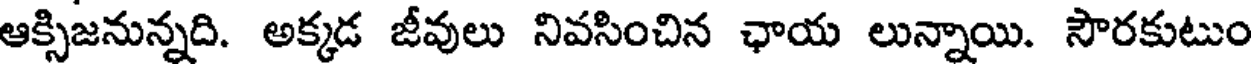
ఆక్సిజనున్నది. అక్కడ జీవులు నివసించిన ఛాయ లున్నాయి. సౌరకుటుం